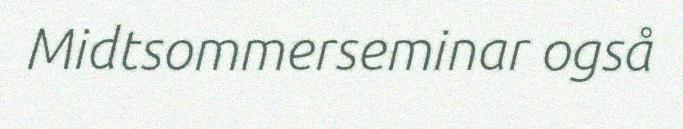
Midtsommerseminar også